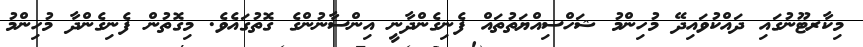
މިކާރޓޫނުގައި ދައްކުވައިދޭ މުހިންމު ޝަހްސިއްޔަތުތައް ފެނިގެންދާނީ އިންސާނުންގެ ގޮތުގައެވެ. މިގޮތުން ފެނިގެންދާ މުހިންމު